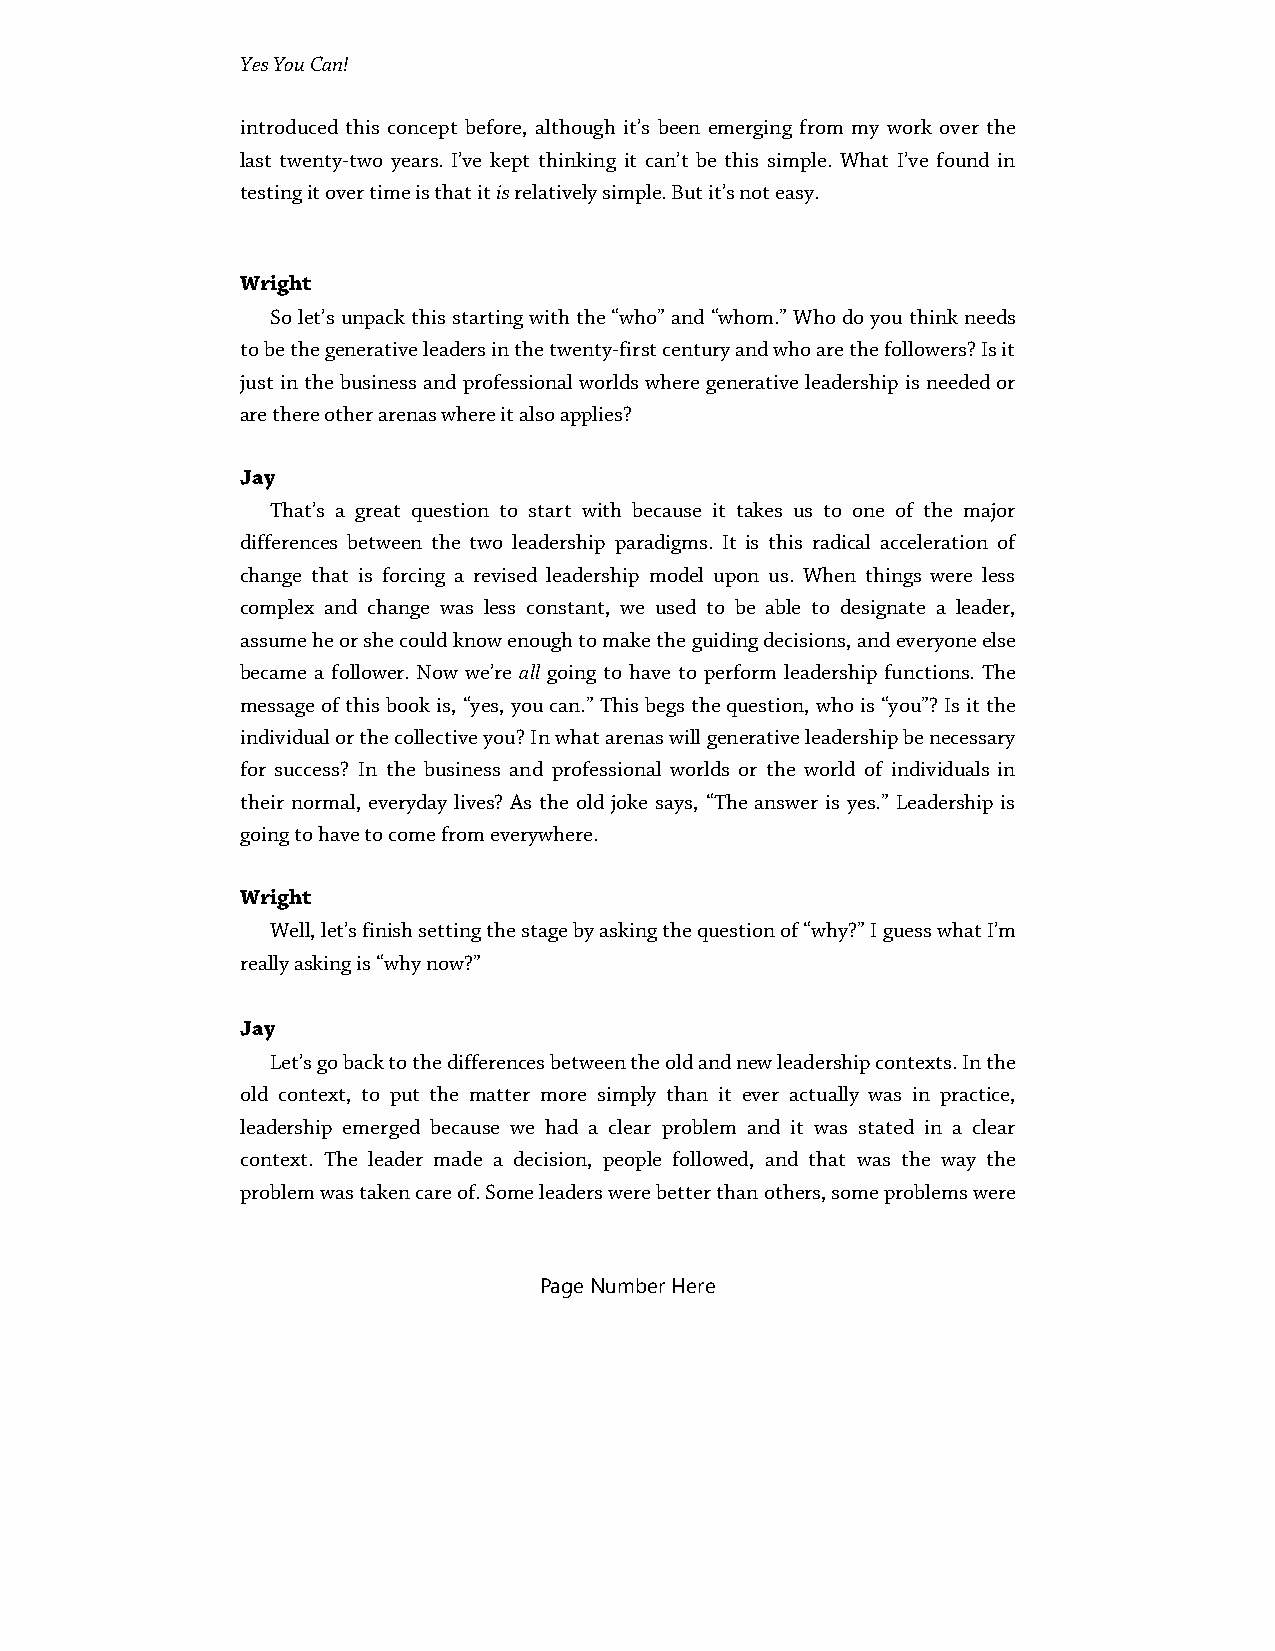
Yes You Can!
 introduced this concept before, although it’s been emerging from my work over the
 last twenty-two years. I’ve kept thinking it can’t be this simple. What I’ve found in
 testing it over time is that it is relatively simple. But it’s not easy.
 Wright
 So let’s unpack this starting with the “who” and “whom.” Who do you think needs
 to be the generative leaders in the twenty-first century and who are the followers? Is it
 just in the business and professional worlds where generative leadership is needed or
 are there other arenas where it also applies?
 Jay
 That’s a great question to start with because it takes us to one of the major
 differences between the two leadership paradigms. It is this radical acceleration of
 change that is forcing a revised leadership model upon us. When things were less
 complex and change was less constant, we used to be able to designate a leader,
 assume he or she could know enough to make the guiding decisions, and everyone else
 became a follower. Now we’re all going to have to perform leadership functions. The
 message of this book is, “yes, you can.” This begs the question, who is “you”? Is it the
 individual or the collective you? In what arenas will generative leadership be necessary
 for success? In the business and professional worlds or the world of individuals in
 their normal, everyday lives? As the old joke says, “The answer is yes.” Leadership is
 going to have to come from everywhere.
 Wright
 Well, let’s finish setting the stage by asking the question of “why?” I guess what I’m
 really asking is “why now?”
 Jay
 Let’s go back to the differences between the old and new leadership contexts. In the
 old context, to put the matter more simply than it ever actually was in practice,
 leadership emerged because we had a clear problem and it was stated in a clear
 context. The leader made a decision, people followed, and that was the way the
 problem was taken care of. Some leaders were better than others, some problems were
 Page Number Here